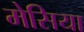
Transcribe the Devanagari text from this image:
मेसिया